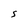
Character: S